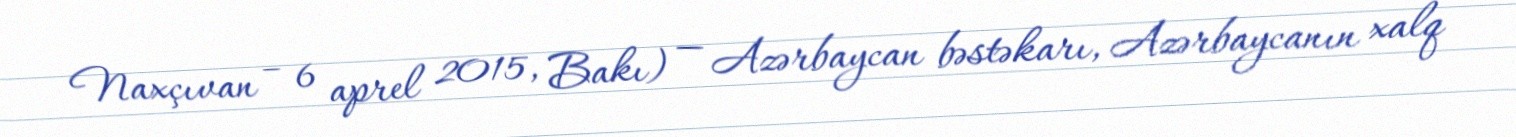
Naxçıvan – 6 aprel 2015, Bakı) — Azərbaycan bəstəkarı, Azərbaycanın xalq